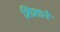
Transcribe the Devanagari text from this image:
शिशाने